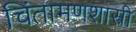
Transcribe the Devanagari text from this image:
चिंतामणशास्त्री